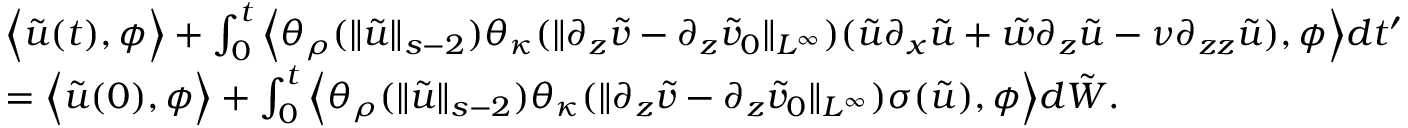
\begin{array} { r l } & { \Big \langle \tilde { u } ( t ) , \phi \Big \rangle + \int _ { 0 } ^ { t } \Big \langle \theta _ { \rho } ( \| \tilde { u } \| _ { s - 2 } ) \theta _ { \kappa } ( \| \partial _ { z } \tilde { v } - \partial _ { z } \tilde { v } _ { 0 } \| _ { L ^ { \infty } } ) ( \tilde { u } \partial _ { x } \tilde { u } + \tilde { w } \partial _ { z } \tilde { u } - \nu \partial _ { z z } \tilde { u } ) , \phi \Big \rangle d t ^ { \prime } } \\ & { = \Big \langle \tilde { u } ( 0 ) , \phi \Big \rangle + \int _ { 0 } ^ { t } \Big \langle \theta _ { \rho } ( \| \tilde { u } \| _ { s - 2 } ) \theta _ { \kappa } ( \| \partial _ { z } \tilde { v } - \partial _ { z } \tilde { v } _ { 0 } \| _ { L ^ { \infty } } ) \sigma ( \tilde { u } ) , \phi \Big \rangle d \tilde { W } . } \end{array}